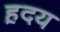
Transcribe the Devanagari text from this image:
ह़दय